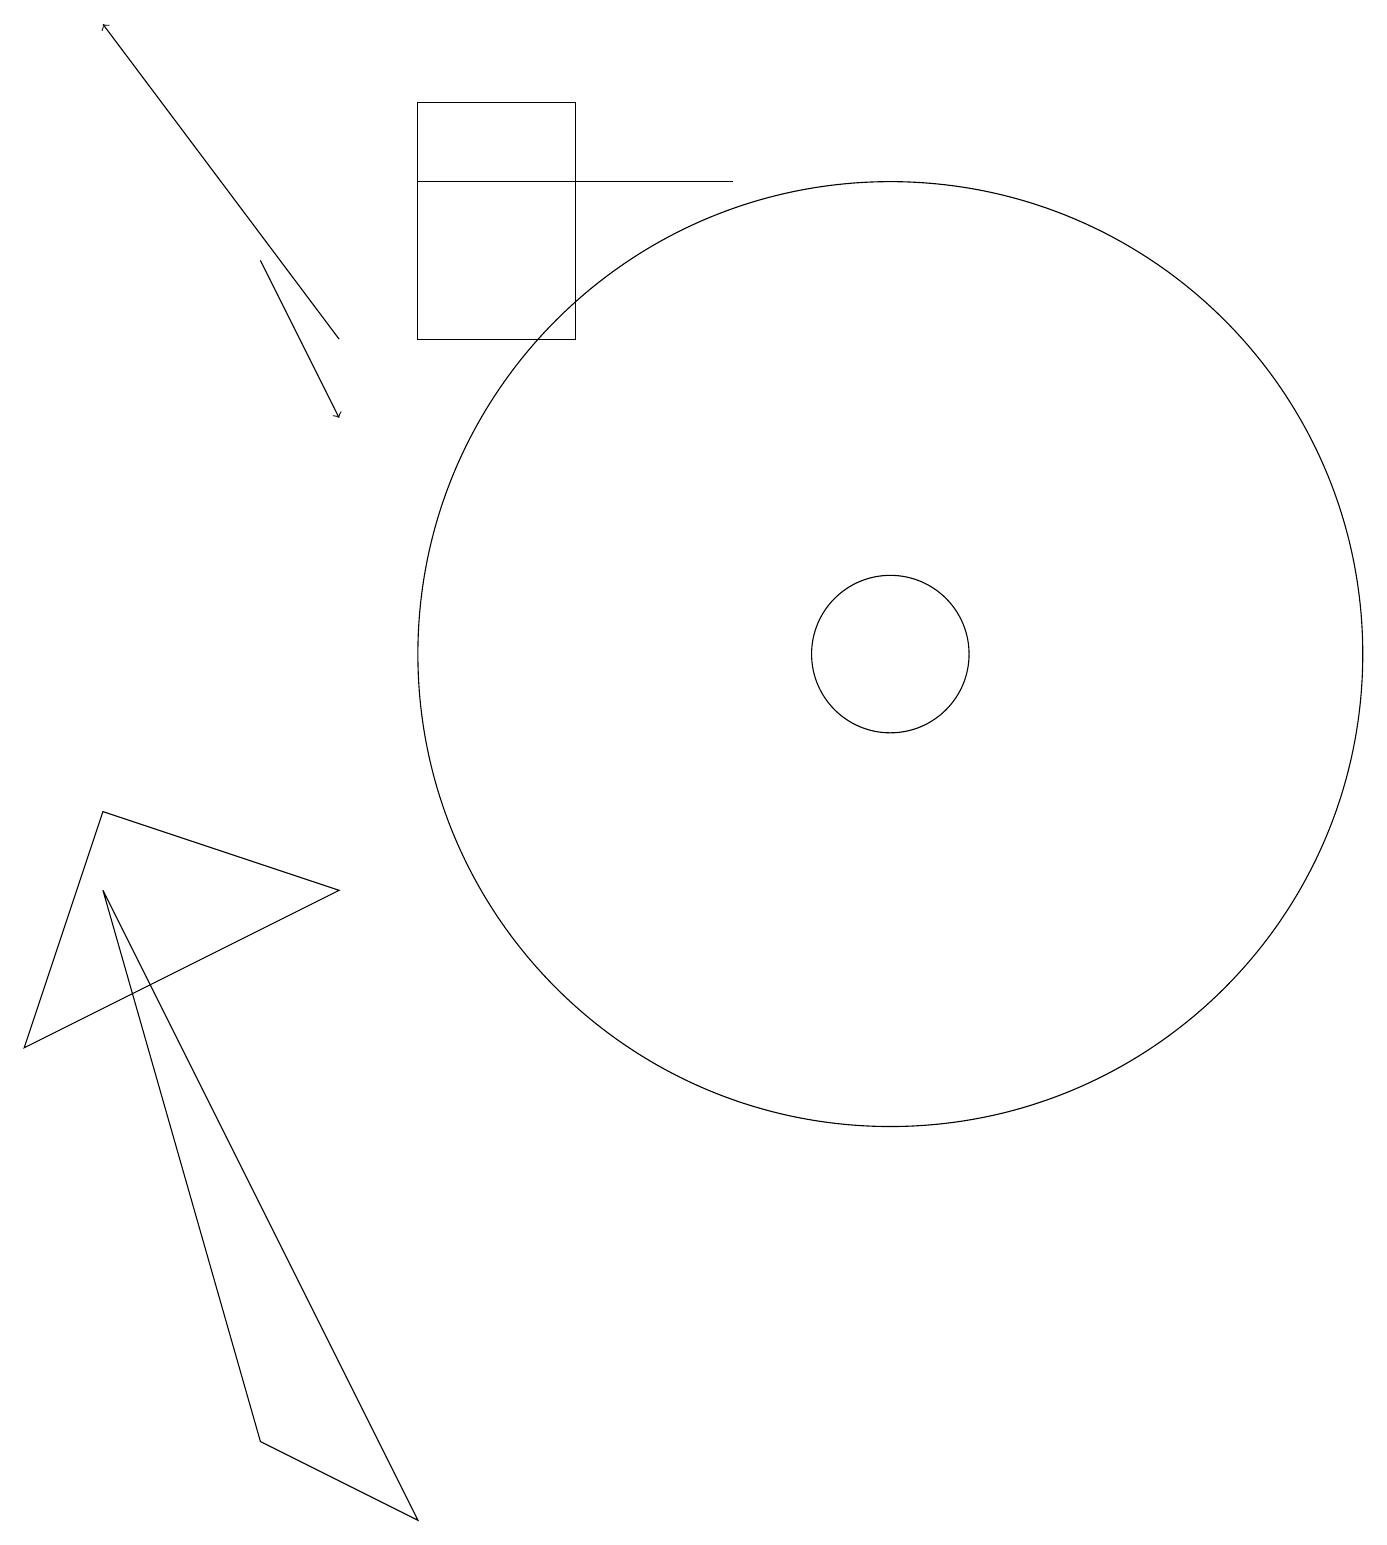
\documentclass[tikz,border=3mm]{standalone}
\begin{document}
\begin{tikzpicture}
\draw (5,18) rectangle (7,15);
\draw[->] (3,16) -- (4,14);
\draw (5,0) -- (1,8) -- (3,1) -- cycle;
\draw (5,17) rectangle (9,17);
\draw (4,8) -- (1,9) -- (0,6) -- cycle;
\draw (11,11) circle (6);
\draw (11,11) circle (1);
\draw[->] (4,15) -- (1,19);
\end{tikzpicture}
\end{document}